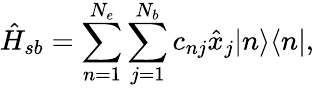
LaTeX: \hat{H}_{sb}=\sum_{n=1}^{N_{e}}\sum_{j=1}^{N_{b}}c_{nj}\hat{x}_{j}|n\rangle\langle n|,